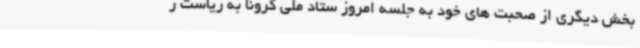
بخش دیگری از صحبت های خود به جلسه امروز ستاد ملی کرونا به ریاست ر